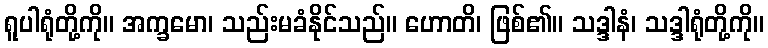
ရူပါရုံတို့ကို။ အက္ခမော၊ သည်းမခံနိုင်သည်။ ဟောတိ၊ ဖြစ်၏။ သဒ္ဒါနံ၊ သဒ္ဒါရုံတို့ကို။